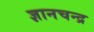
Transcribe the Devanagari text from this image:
ज्ञानचन्द्र